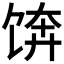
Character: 𱃼